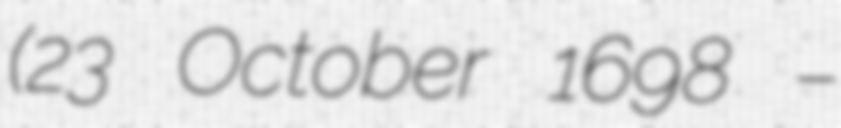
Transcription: (23 October 1698 –